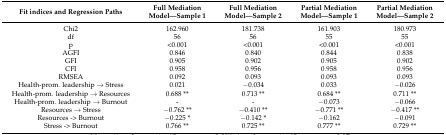
<table><thead><tr><td><b>Fit indices and Regression Paths</b></td><td><b>Full Mediation Model—Sample 1</b></td><td><b>Full Mediation Model—Sample 2</b></td><td><b>Partial Mediation Model—Sample 1</b></td><td><b>Partial Mediation Model—Sample 2</b></td></tr></thead><tbody><tr><td>Chi2</td><td>162.960</td><td>181.738</td><td>161.903</td><td>180.973</td></tr><tr><td>df</td><td>56</td><td>56</td><td>55</td><td>55</td></tr><tr><td>p</td><td>&lt;0.001</td><td>&lt;0.001</td><td>&lt;0.001</td><td>&lt;0.001</td></tr><tr><td>AGFI</td><td>0.846</td><td>0.840</td><td>0.844</td><td>0.838</td></tr><tr><td>GFI</td><td>0.905</td><td>0.902</td><td>0.905</td><td>0.902</td></tr><tr><td>CFI</td><td>0.958</td><td>0.956</td><td>0.958</td><td>0.956</td></tr><tr><td>RMSEA</td><td>0.092</td><td>0.093</td><td>0.093</td><td>0.093</td></tr><tr><td>Health-prom. leadership → Stress</td><td>0.021</td><td>−0.034</td><td>0.033</td><td>−0.026</td></tr><tr><td>Health-prom. leadership → Resources</td><td>0.688 **</td><td>0.713 **</td><td>0.684 **</td><td>0.711 **</td></tr><tr><td>Health-prom. leadership → Burnout</td><td>-</td><td>-</td><td>−0.073</td><td>−0.066</td></tr><tr><td>Resources → Stress</td><td>−0.762 **</td><td>−0.410 **</td><td>−0.771 **</td><td>−0.417 **</td></tr><tr><td>Resources -&gt; Burnout</td><td>−0.225 *</td><td>−0.142 *</td><td>−0.162</td><td>−0.091</td></tr><tr><td>Stress -&gt; Burnout</td><td>0.766 **</td><td>0.725 **</td><td>0.777 **</td><td>0.729 **</td></tr></tbody></table>